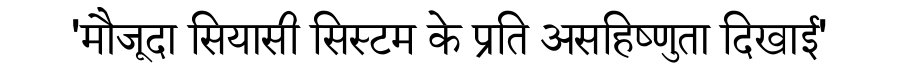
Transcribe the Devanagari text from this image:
'मौजूदा सियासी सिस्टम के प्रति असहिष्णुता दिखाई'